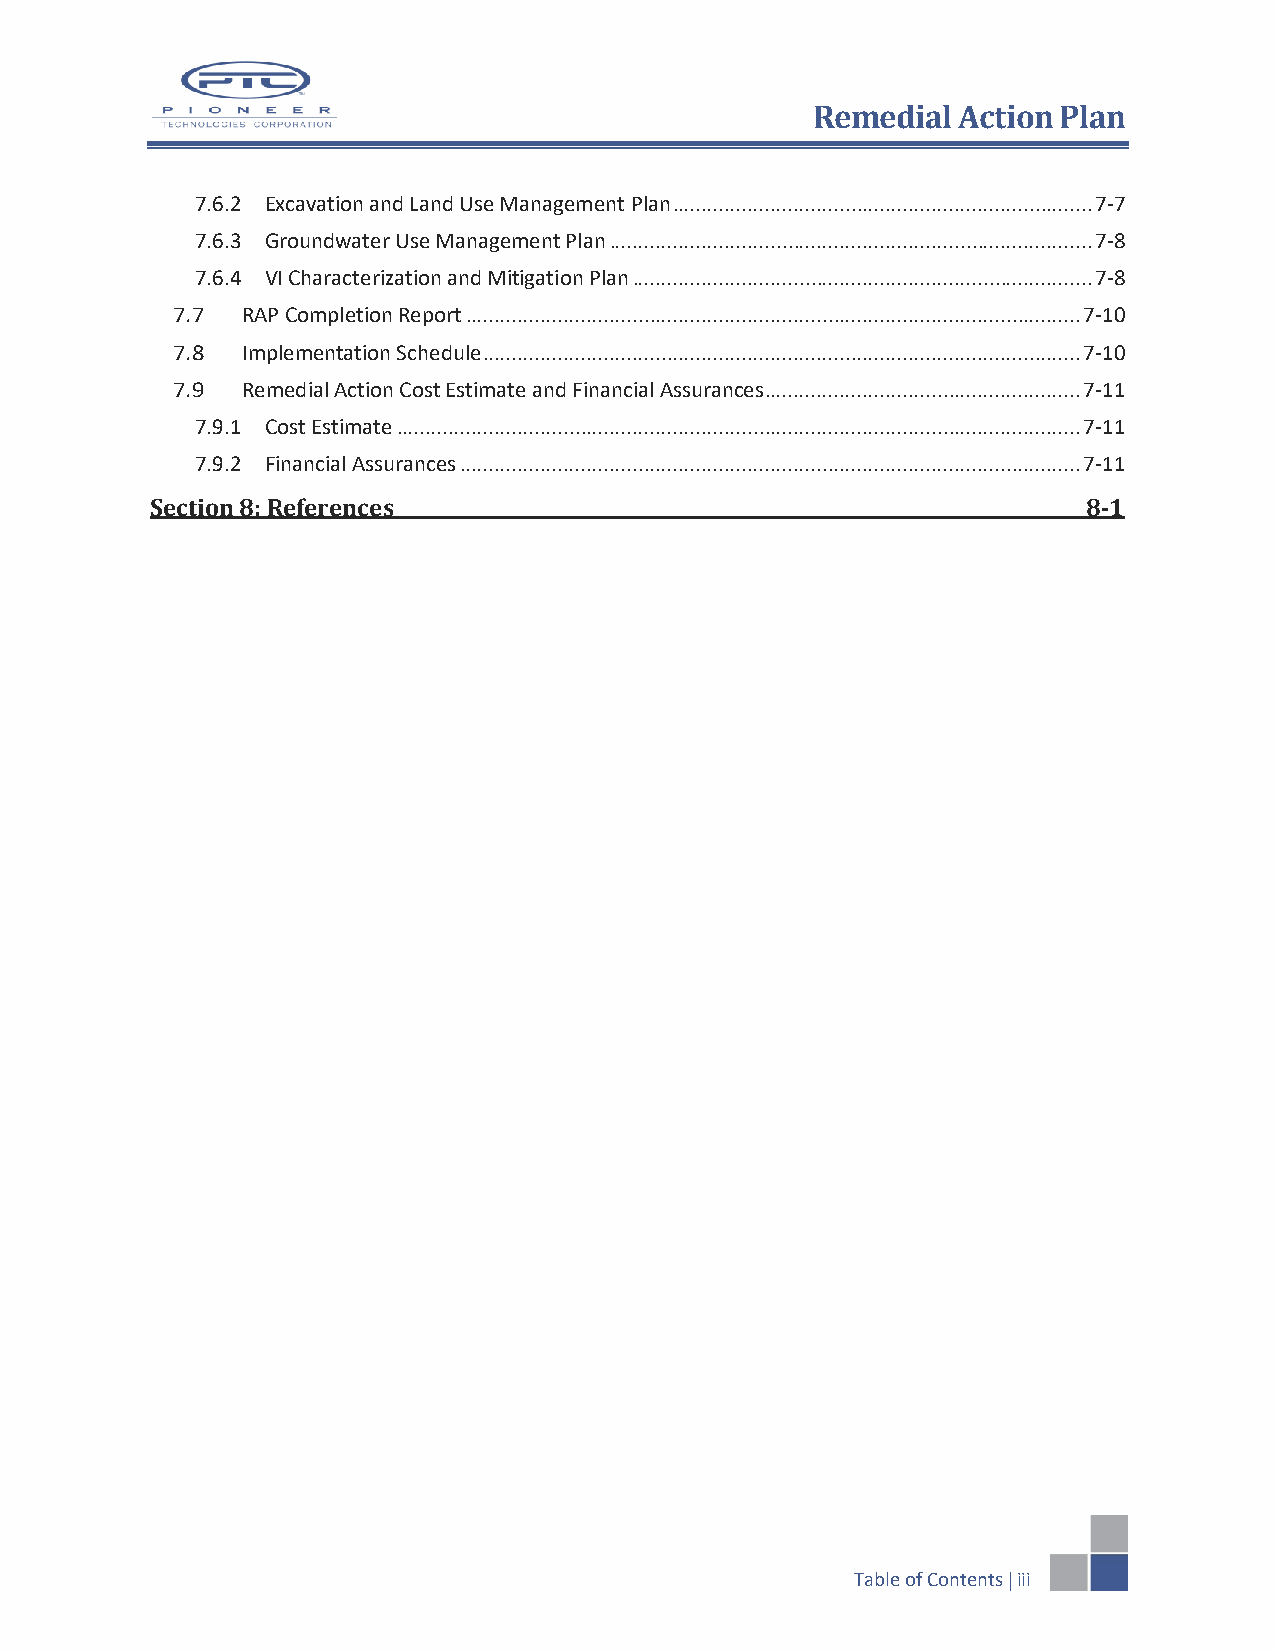
RReemmeeddiiaall AAccttiioonn PPllaann
 7.6.2 Excavation and Land Use Management Plan ......................................................................... 7-7
 7.6.3 Groundwater Use Management Plan .................................................................................... 7-8
 7.6.4 VI Characterization and Mitigation Plan ................................................................................ 7-8
 7.7  RAP Completion Report ........................................................................................................... 7-10
 7.8  Implementation Schedule ........................................................................................................ 7-10
 7.9  Remedial Action Cost Estimate and Financial Assurances ....................................................... 7-11
 7.9.1 Cost Estimate ....................................................................................................................... 7-11
 7.9.2 Financial Assurances ............................................................................................................ 7-11
 Section 8: References                                         8-1
 Table of Contents  iii